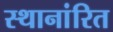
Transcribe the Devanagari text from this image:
स्थानांरित